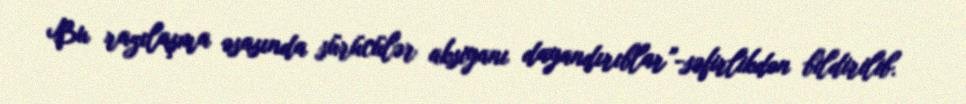
Bu razılaşma əsasında sürücülər aksiyanı dayandırıblar”-səfirlikdən bildirilib.